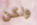
ولكن